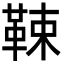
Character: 𩊯